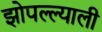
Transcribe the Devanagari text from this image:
झोपल्ल्याली